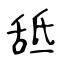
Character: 䑛